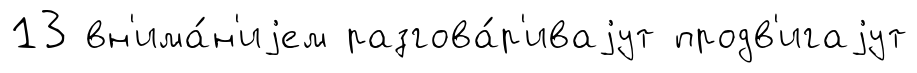
13 вн'има́н'иjем разгова́р'иваjут продв'игаjут